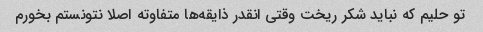
تو حلیم که نباید شکر ریخت وقتی انقدر ذایقه‌ها متفاوته اصلا نتونستم بخورم